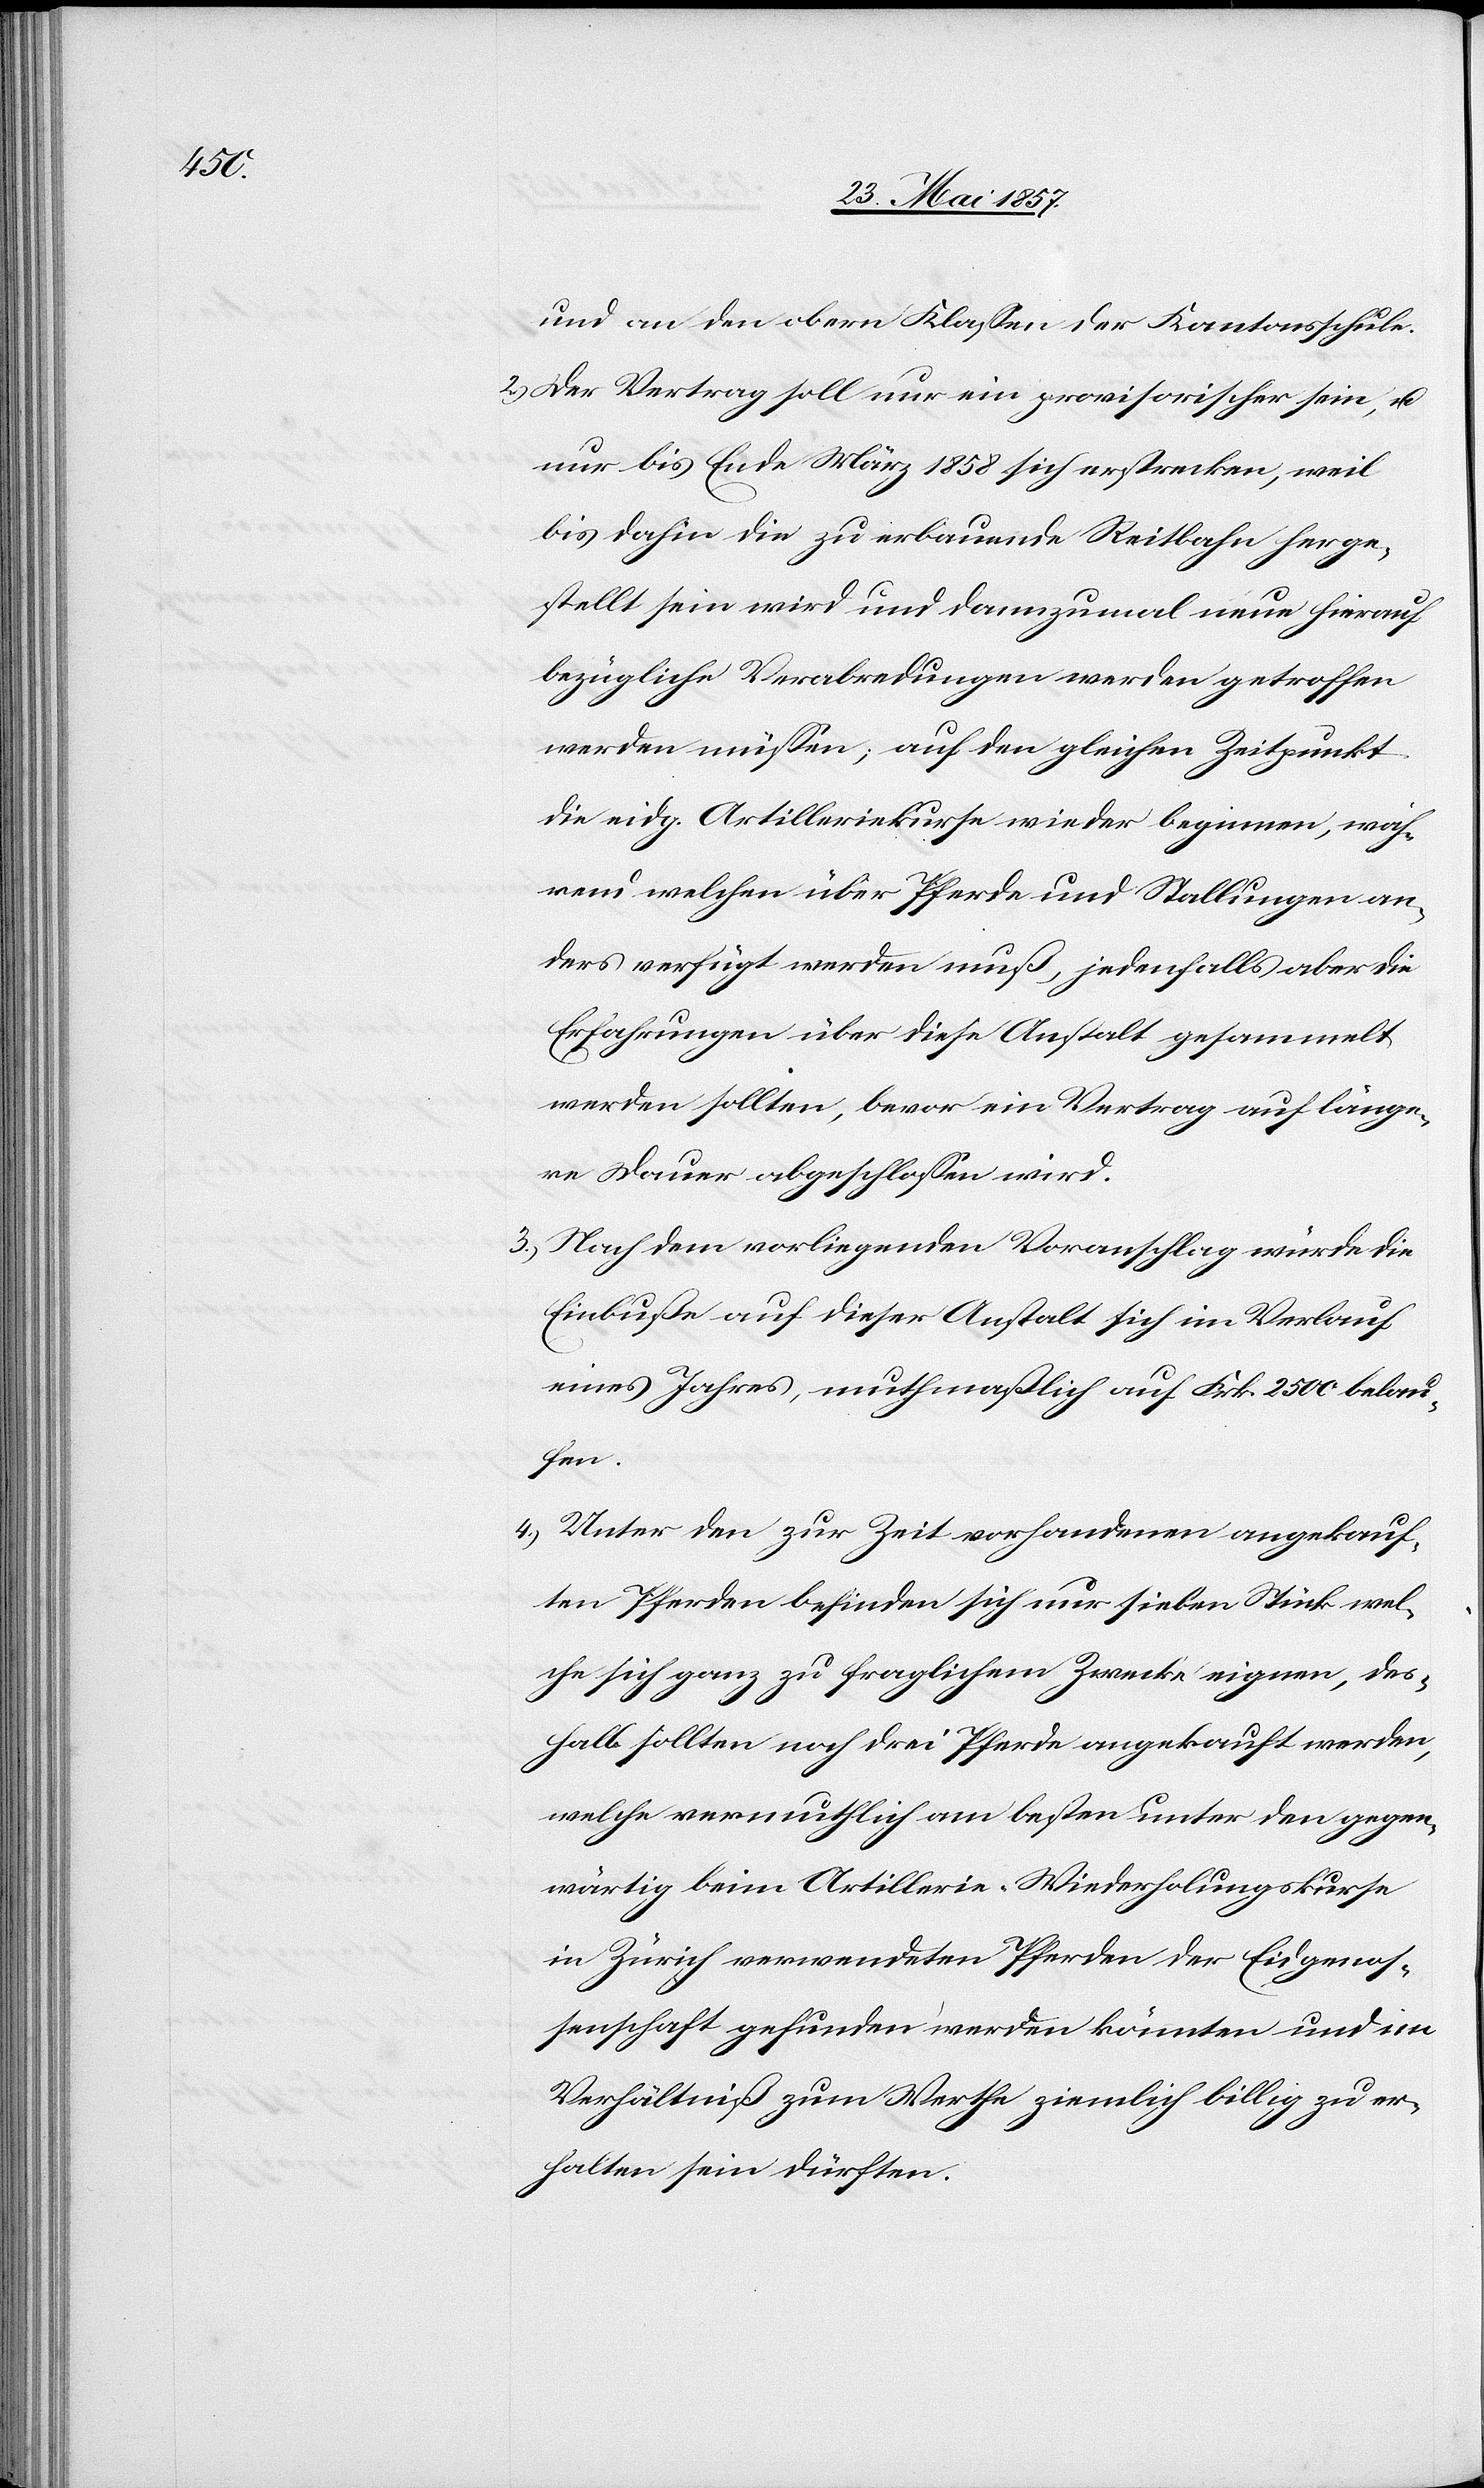
und an den obern Klassen der Kantonsschule.
2.) Der Vertrag soll nur ein provisorischer sein, &
nur bis Ende März 1858 sich erstrecken, weil
bis dahin die zu erbauende Reitbahn herge¬
stellt sein wird und dannzumal neue hierauf
bezügliche Verabredungen werden getroffen
werden müssen; auf den gleichen Zeitpunkt
die eidg. Artilleriekurse wieder beginnen, wäh¬
rend welchen über Pferde und Stellungen an¬
ders verfügt werden muß, jedenfalls aber die
Erfahrungen über diese Anstalt gesammelt
werden sollten, bevor ein Vertrag auf länge¬
re Dauer abgeschlossen wird.
3.) Nach dem vorliegenden Voranschlag würde die
Einbuße auf dieser Anstalt sich im Verlauf
eines Jahres, muthmaßlich auf Frk. 2500 belau¬
fen.
4.) Unter den zur Zeit vorhandenen angekauf¬
ten Pferden befinden sich nur sieben Stück wel¬
che sich ganz zu fraglichem Zwecke eignen, des¬
halb sollten noch drei Pferde angekauft werden,
welche vermuthlich am besten unter den gegen¬
wärtig beim Artillerie- Wiederholungskurse
in Zürich verwendeten Pferden der Eidgenos¬
senschaft gefunden werden könnten und im
Verhältniß zum Werthe ziemlich billig zu er¬
halten sein dürften.